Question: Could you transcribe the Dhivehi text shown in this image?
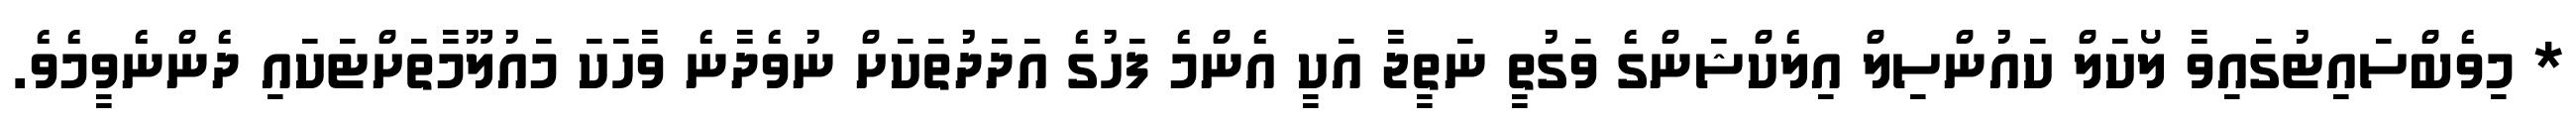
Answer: * މިވެބްސައިޓުގައިވާ ލޯކަލް ކައުންސިލް އިލެކްޝަންގެ ވަގުތީ ނަތީޖާ އަކީ އެންމެ ފަހުގެ އަދަދުތަކަށް ނުވެދާނެ ވާހަކަ މައުލޫމާތަށްޓަކައި ދެންނެވީމެވެ.